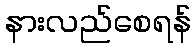
နားလည်စေရန်